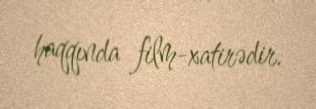
haqqında film-xatirədir.